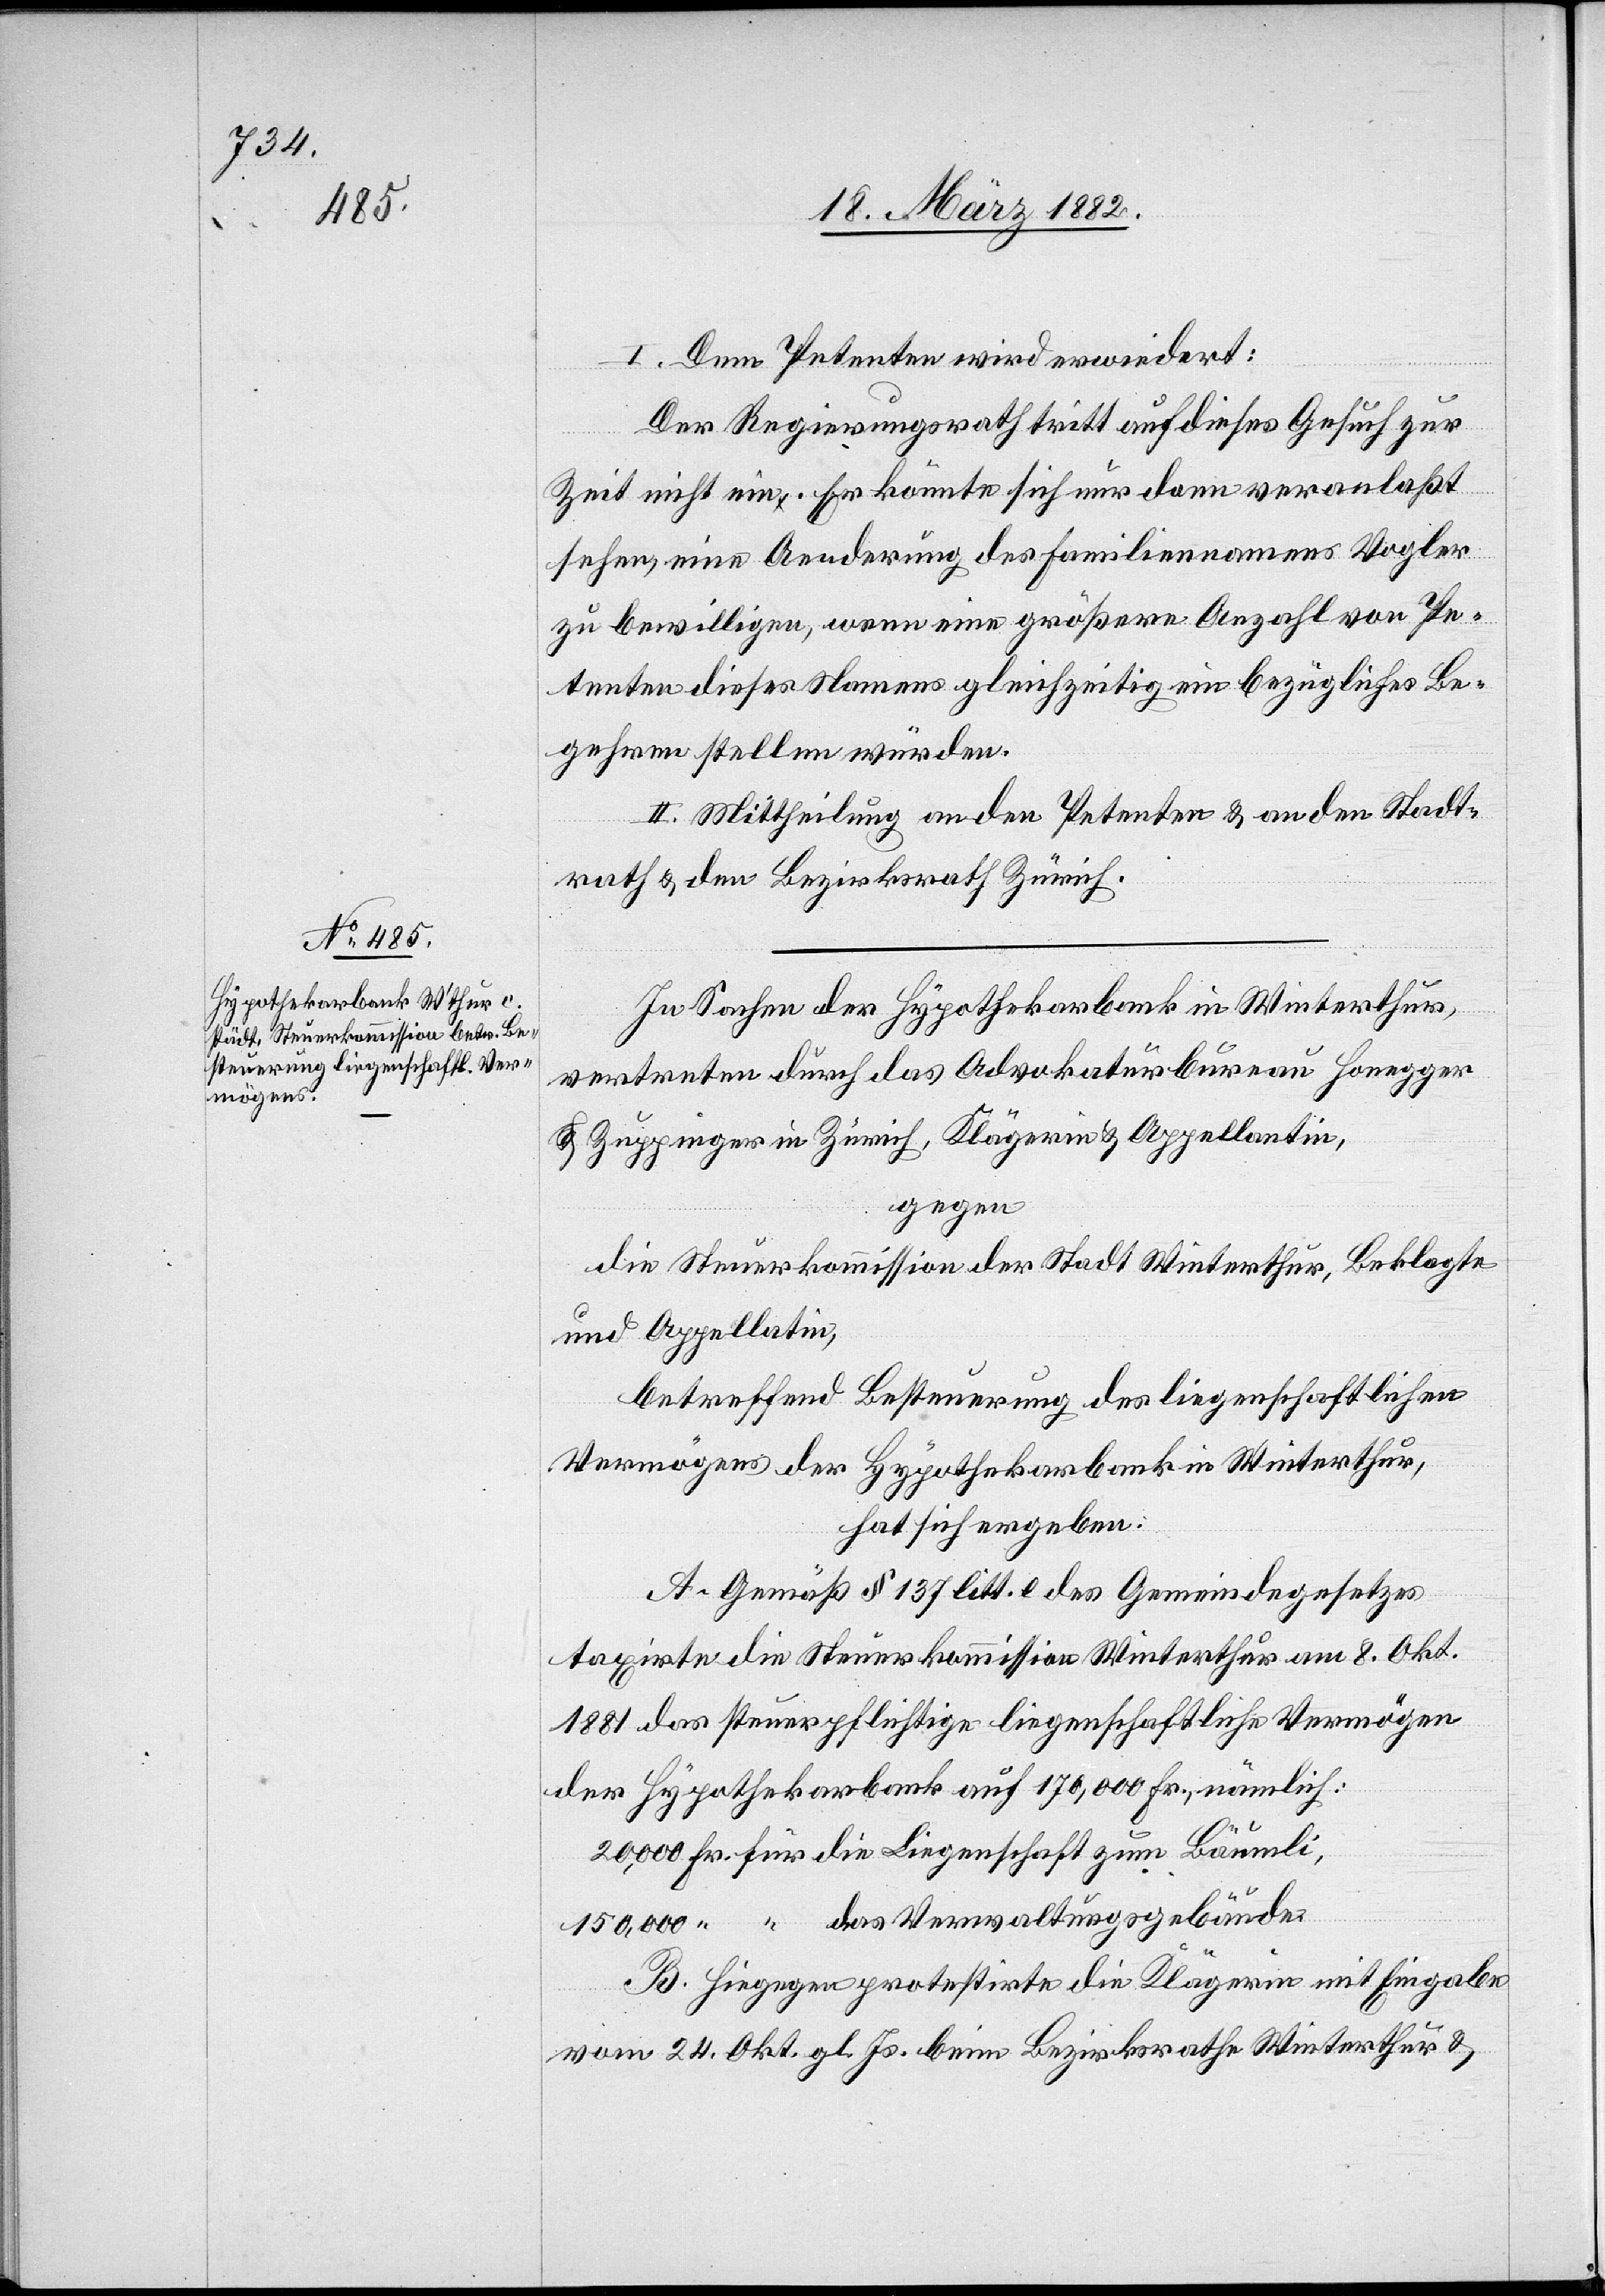
I. Dem Petenten wird erwiedert:
Der Regierungsrath tritt auf dieses Gesuch zur
Zeit nicht ein. Er könnte sich nur dann veranlaßt
sehen, eine Aenderung des Familiennamens Vogler
zu bewilligen, wenn eine größere Anzahl von Pe¬
tenten dieses Namens gleichzeitig ein bezügliches Be¬
gehren stellen würden.
II. Mittheilung an den Petenten & an den Stadt¬
rath & den Bezirksrath Zürich.